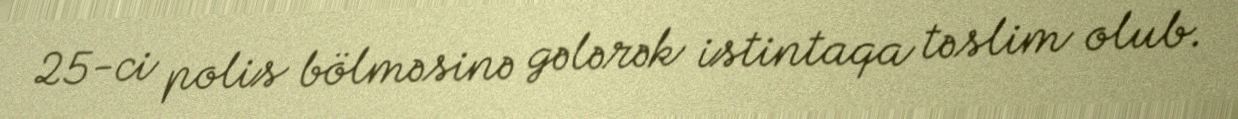
25-ci polis bölməsinə gələrək istintaqa təslim olub.